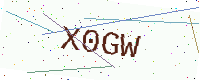
Text: X0GW